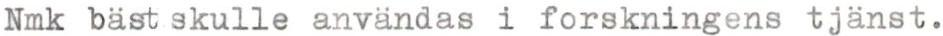
Nmk bäst skulle användas i forskningens tjänst.